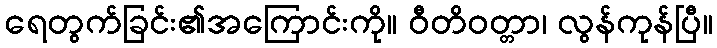
ရေတွက်ခြင်း၏အကြောင်းကို။ ဝီတိဝတ္တာ၊ လွန်ကုန်ပြီ။